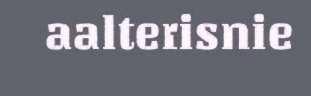
aalterisnie